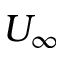
U _ { \infty }